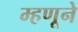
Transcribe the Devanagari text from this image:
म्हणूने